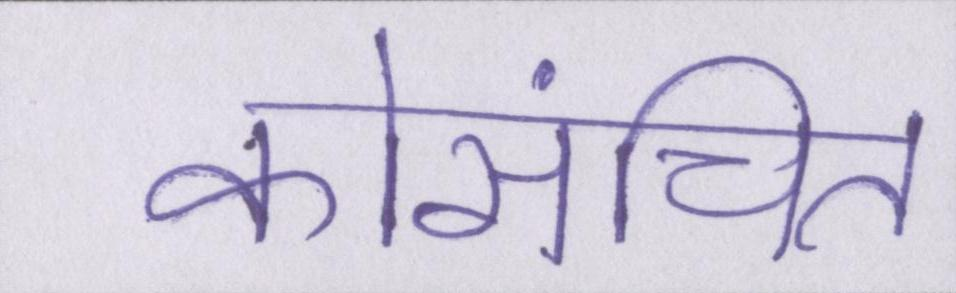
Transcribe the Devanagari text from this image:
कोसंचित